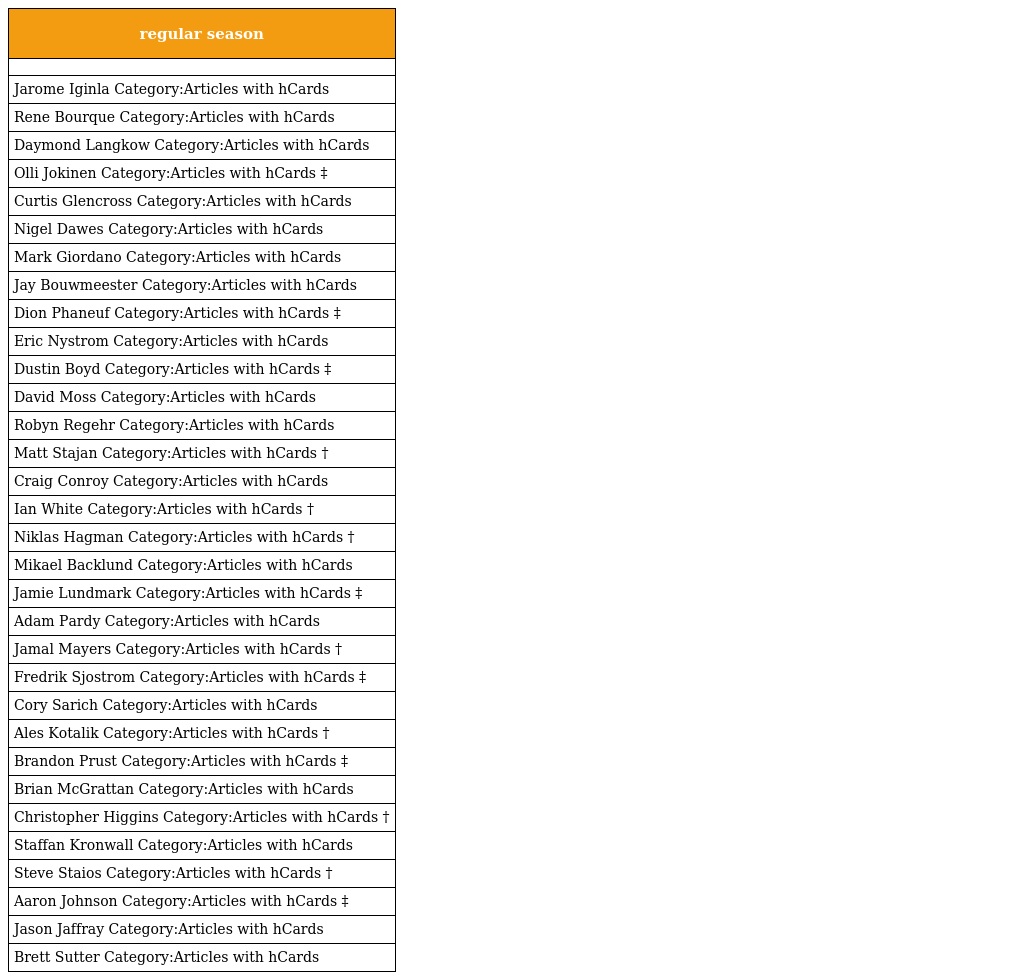
| regular season |
 | --- |
 |  |
 | Jarome Iginla Category:Articles with hCards |
 | Rene Bourque Category:Articles with hCards |
 | Daymond Langkow Category:Articles with hCards |
 | Olli Jokinen Category:Articles with hCards ‡ |
 | Curtis Glencross Category:Articles with hCards |
 | Nigel Dawes Category:Articles with hCards |
 | Mark Giordano Category:Articles with hCards |
 | Jay Bouwmeester Category:Articles with hCards |
 | Dion Phaneuf Category:Articles with hCards ‡ |
 | Eric Nystrom Category:Articles with hCards |
 | Dustin Boyd Category:Articles with hCards ‡ |
 | David Moss Category:Articles with hCards |
 | Robyn Regehr Category:Articles with hCards |
 | Matt Stajan Category:Articles with hCards † |
 | Craig Conroy Category:Articles with hCards |
 | Ian White Category:Articles with hCards † |
 | Niklas Hagman Category:Articles with hCards † |
 | Mikael Backlund Category:Articles with hCards |
 | Jamie Lundmark Category:Articles with hCards ‡ |
 | Adam Pardy Category:Articles with hCards |
 | Jamal Mayers Category:Articles with hCards † |
 | Fredrik Sjostrom Category:Articles with hCards ‡ |
 | Cory Sarich Category:Articles with hCards |
 | Ales Kotalik Category:Articles with hCards † |
 | Brandon Prust Category:Articles with hCards ‡ |
 | Brian McGrattan Category:Articles with hCards |
 | Christopher Higgins Category:Articles with hCards † |
 | Staffan Kronwall Category:Articles with hCards |
 | Steve Staios Category:Articles with hCards † |
 | Aaron Johnson Category:Articles with hCards ‡ |
 | Jason Jaffray Category:Articles with hCards |
 | Brett Sutter Category:Articles with hCards |